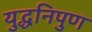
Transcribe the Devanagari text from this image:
युद्धनिपुण